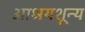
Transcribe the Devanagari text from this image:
आश्रयशून्य